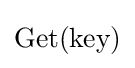
\mathrm {Get} (\mathrm {key} )